Annual report on the Civil Veterinary Department, Burma (including the Insein Veterinary School) - 1932-1941
Year: 1932
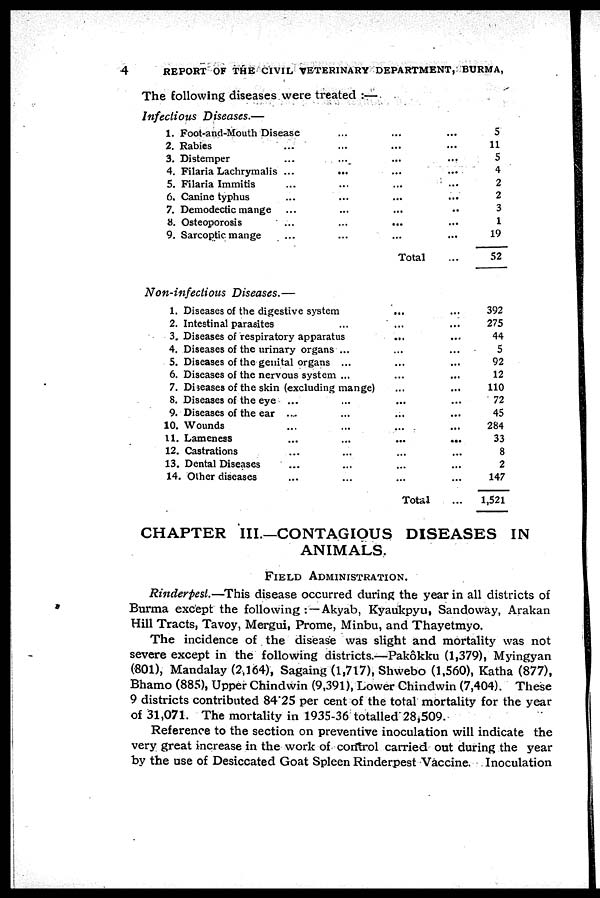
4
REPORT OF THE CIVIL VETERINARY DEPARTMENT, BURMA,
The following diseases were treated :—
Infectious Diseases.—
1. Foot-and-Mouth Disease ... ... ... ...
2. Rabies... ... ... ...
3. Distemper... ... ... ...
4. Filaria Lachrymalis... ... ... ...
5. Filaria Immitis... ... ... ...
6, Canine typhus... ... ... ...
7. Demodectic mange... ... ... ...
8. Osteoporosis... ... ... ...
9. Sarcoptic mange... ... ... ...
Total...
5
11
5
4
2
2
3
1
19
52
Non-infectious Diseases.—
1. Diseases of the digestive system ... ...
2. Intestinal parasites ... ... ...
3. Diseases of respiratory apparatus ... ... ...
4. Diseases of the urinary organs ... ... ...
5. Diseases of the genital organs ... ... ...
6. Diseases of the nervous system... ... ...
7. Diseases of the skin (excluding mange)... ...
8. Diseases of the eye ... ... ... ...
9. Diseases of the ear ... ... ... ...
10. Wounds ... ... ... ...
11. Lameness ... ... ... ...
12. Castrations ... ... ... ...
13. Dental Diseases ... ... ... ...
14. Other diseases ... ... ... ...
Total ...
392
275
44
5
92
12
110
72
45
284
33
8
2
147
1,521
CHAPTER III.—CONTAGIOUS DISEASES IN
ANIMALS.
FIELD ADMINISTRATION.
Rinderpest.—This disease occurred during the year in all districts of
Burma except the following : —Akyab, Kyaukpyu, Sandoway, Arakan
Hill Tracts, Tavoy, Mergui, Prome, Minbu, and Thayetmyo.
The incidence of the disease was slight and mortality was not
severe except in the following districts.—Pakôkku (1,379), Myingyan
(801), Mandalay (2,164), Sagaing (1,717), Shwebo (1,560), Katha (877),
Bhamo (885), Upper Chindwin (9,391), Lower Chindwin (7,404). These
9 districts contributed 84.25 per cent of the total mortality for the year
of 31,071. The mortality in 1935-36 totalled 28,509.
Reference to the section on preventive inoculation will indicate the
very great increase in the work of control carried out during the year
by the use of Desiccated Goat Spleen Rinderpest Vaccine. Inoculation